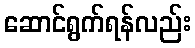
ဆောင်ရွက်ရန်လည်း